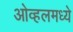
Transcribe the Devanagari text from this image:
ओव्हलमध्ये